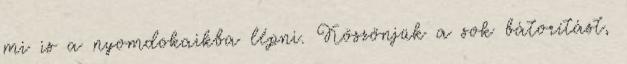
mi is a nyomdokaikba lépni. Köszönjük a sok bátorítást,